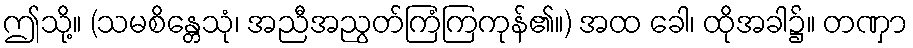
ဤသို့။ (သမစိန္တေသုံ၊ အညီအညွတ်ကြံကြကုန်၏။) အထ ခေါ၊ ထိုအခါ၌။ တဏှာ